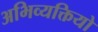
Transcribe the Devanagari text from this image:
अभिव्यक्तियो